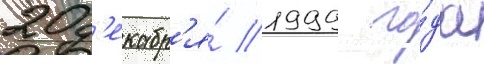
20 д'екабр'я́ 1999 го́да